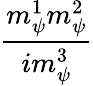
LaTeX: \frac{m_{\psi}^{1}m_{\psi}^{2}}{im_{\psi}^{3}}